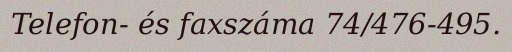
Telefon- és faxszáma 74/476-495.